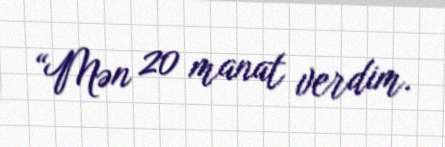
“Mən 20 manat verdim.